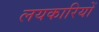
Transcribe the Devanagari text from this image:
लयकारियों